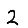
Digit: 2